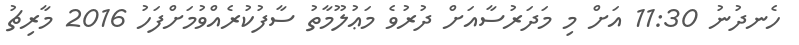
ހެނދުނު 11:30 އަށް މި މަދަރުސާއަށް ދުރުވެ މަޢުލޫމާތު ސާފުކުރެއްވުމަށްފަހު 2016 މާރިޗު